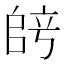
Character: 𫡞